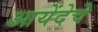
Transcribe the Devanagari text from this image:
आयेंदेचे